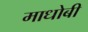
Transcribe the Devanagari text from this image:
माधोबी